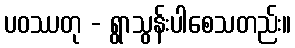
ပဝဿတု - ရွာသွန်းပါစေသတည်း။